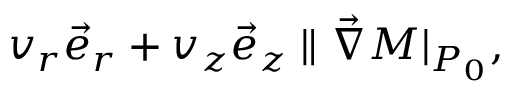
v _ { r } \vec { e } _ { r } + v _ { z } \vec { e } _ { z } \parallel \vec { \nabla } M | _ { P _ { 0 } } ,